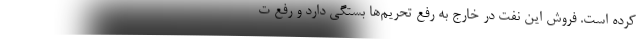
کرده است. فروش این نفت در خارج به رفع تحریم‌ها بستگی دارد و رفع ت